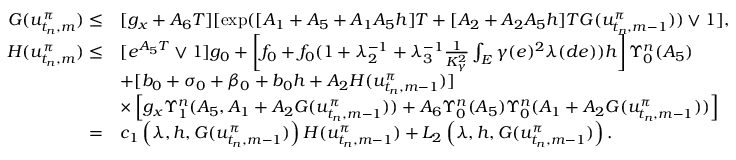
\begin{array} { r l } { G ( u _ { t _ { n } , m } ^ { \pi } ) \leq } & { [ g _ { x } + A _ { 6 } T ] [ \exp ( [ A _ { 1 } + A _ { 5 } + A _ { 1 } A _ { 5 } h ] T + [ A _ { 2 } + A _ { 2 } A _ { 5 } h ] T G ( u _ { t _ { n } , m - 1 } ^ { \pi } ) ) \vee 1 ] , } \\ { H ( u _ { t _ { n } , m } ^ { \pi } ) \leq } & { [ e ^ { A _ { 5 } T } \vee 1 ] g _ { 0 } + \left[ f _ { 0 } + f _ { 0 } ( 1 + \lambda _ { 2 } ^ { - 1 } + \lambda _ { 3 } ^ { - 1 } \frac { 1 } { K _ { \gamma } ^ { 2 } } \int _ { E } \gamma ( e ) ^ { 2 } \lambda ( d e ) ) h \right] \Upsilon _ { 0 } ^ { n } ( A _ { 5 } ) } \\ & { + [ b _ { 0 } + \sigma _ { 0 } + \beta _ { 0 } + b _ { 0 } h + A _ { 2 } H ( u _ { t _ { n } , m - 1 } ^ { \pi } ) ] } \\ & { \times \left[ g _ { x } \Upsilon _ { 1 } ^ { n } ( A _ { 5 } , A _ { 1 } + A _ { 2 } G ( u _ { t _ { n } , m - 1 } ^ { \pi } ) ) + A _ { 6 } \Upsilon _ { 0 } ^ { n } ( A _ { 5 } ) \Upsilon _ { 0 } ^ { n } ( A _ { 1 } + A _ { 2 } G ( u _ { t _ { n } , m - 1 } ^ { \pi } ) ) \right] } \\ { = } & { c _ { 1 } \left( \lambda , h , G ( u _ { t _ { n } , m - 1 } ^ { \pi } ) \right) H ( u _ { t _ { n } , m - 1 } ^ { \pi } ) + L _ { 2 } \left( \lambda , h , G ( u _ { t _ { n } , m - 1 } ^ { \pi } ) \right) . } \end{array}